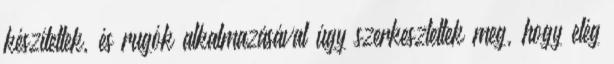
készítettek, és rugók alkalmazásával úgy szerkesztettek meg, hogy elég